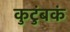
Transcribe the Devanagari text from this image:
कुटुंबकं